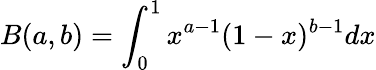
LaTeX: B(a,b)=\int_{0}^{1}x^{a-1}(1-x)^{b-1}dx